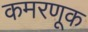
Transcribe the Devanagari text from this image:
कमरणूक